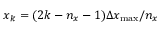
x _ { k } = ( 2 k - n _ { x } - 1 ) \Delta x _ { \operatorname* { m a x } } / n _ { x }